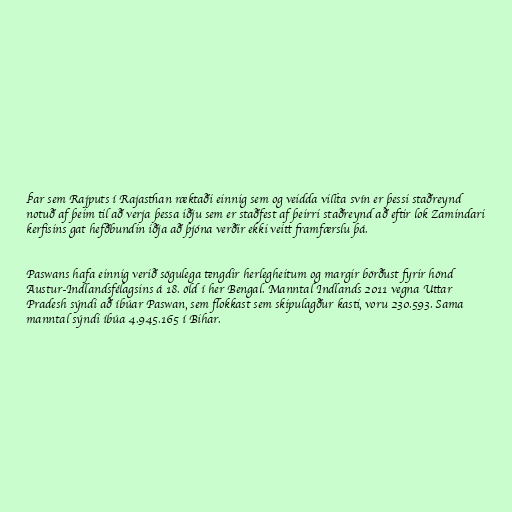
Þar sem Rajputs í Rajasthan ræktaði einnig sem og veidda villta svín er þessi staðreynd
notuð af þeim til að verja þessa iðju sem er staðfest af þeirri staðreynd að eftir lok Zamindari
kerfisins gat hefðbundin iðja að þjóna verðir ekki veitt framfærslu þá.

Paswans hafa einnig verið sögulega tengdir herlegheitum og margir börðust fyrir hönd
Austur-Indlandsfélagsins á 18. öld í her Bengal. Manntal Indlands 2011 vegna Uttar
Pradesh sýndi að íbúar Paswan, sem flokkast sem skipulagður kasti, voru 230.593. Sama
manntal sýndi íbúa 4.945.165 í Bihar.